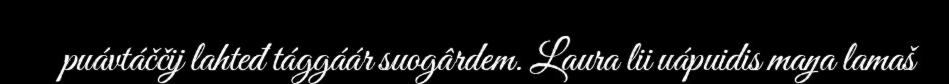
puávtáččij lahteđ tággáár suogârdem. Laura lii uápuidis maŋa lamaš